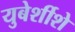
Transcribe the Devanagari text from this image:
युबेर्शीशे